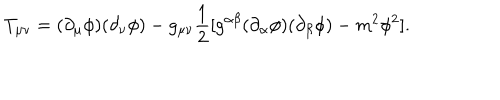
T _ { \mu \nu } = ( \partial _ { \mu } \phi ) ( \partial _ { \nu } \phi ) - g _ { \mu \nu } \frac { 1 } { 2 } [ g ^ { \alpha \beta } ( \partial _ { \alpha } \phi ) ( \partial _ { \beta } \phi ) - m ^ { 2 } \phi ^ { 2 } ] .